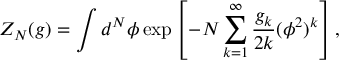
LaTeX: Z _ { N } ( g ) = \int d ^ { N } \phi \exp \left[ - N \sum _ { k = 1 } ^ { \infty } \frac { g _ { k } } { 2 k } ( \phi ^ { 2 } ) ^ { k } \right] ,